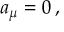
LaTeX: { a } _ { \mu } = 0 \, , \; \;